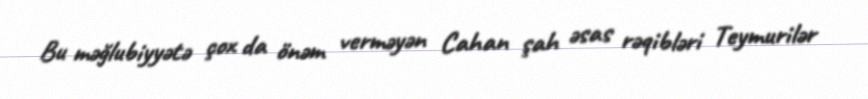
Bu məğlubiyyətə çox da önəm verməyən Cahan şah əsas rəqibləri Teymurilər